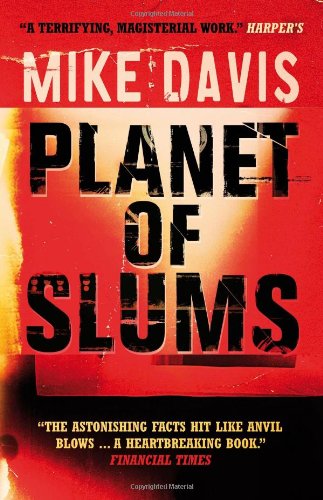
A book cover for Planet of Slums; Mike Davis; Business & Money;